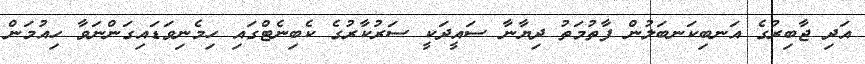
އަދި ޖާބިރުގެ އަނބިކަނބަލުން ފާތުމަތު ދިޔާނާ ސައީދަކީ ސަރުކާރުގެ ކެބިނެޓްގައި ހިމެނިވަޑައިގަންނަވާ ހިއުމަން